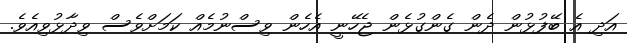
އަދި އެ ބޭފުޅުން ދެން ގެންގުޅެން ޖެހޭނީ އެހެން ވިސްނުމެއް ކަމަށްވެސް ވިދާޅުވިއެވެ.